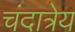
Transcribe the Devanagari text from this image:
चंदात्रेय